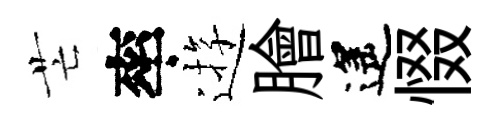
芒率逰膾遙惙